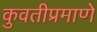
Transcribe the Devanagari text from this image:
कुवतीप्रमाणे